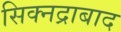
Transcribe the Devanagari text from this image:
सिक्नद्राबाद